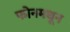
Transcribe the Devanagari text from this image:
फोनमधून